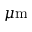
\mu \mathrm { m }